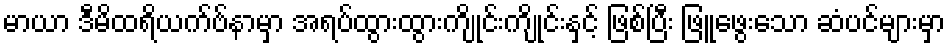
မာယာ ဒီမိထရိယက်ဗ်နာမှာ အရပ်ထွားထွားကျိုင်းကျိုင်းနှင့် ဖြစ်ပြီး ဖြူဖွေးသော ဆံပင်များမှာ